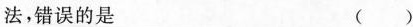
法，错误的是( )